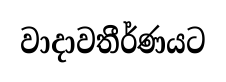
වාදාවතීර්ණයට